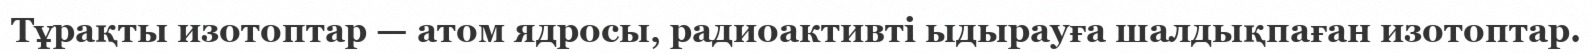
Тұрақты изотоптар — атом ядросы, радиоактивті ыдырауға шалдықпаған изотоптар.